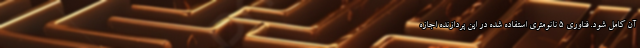
آن کامل شود. فناوری ۵ نانومتری استفاده شده در این پردازنده اجازه